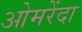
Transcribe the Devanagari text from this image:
ओमरेंदा